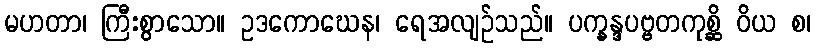
မဟတာ၊ ကြီးစွာသော။ ဥဒကောဃေန၊ ရေအလျဉ်သည်။ ပက္ခန္ဒပဗ္ဗတကုစ္ဆိ ဝိယ စ၊